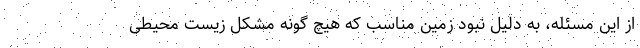
از این مسئله، به دلیل نبود زمین مناسب که هیچ گونه مشکل زیست محیطی